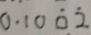
0 . 1 0 \dot { 0 } \dot { 2 }